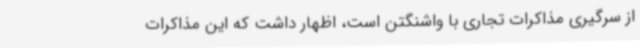
از سرگیری مذاکرات تجاری با واشنگتن است، اظهار داشت که این مذاکرات